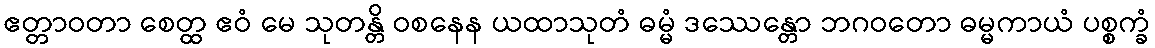
ဧတ္တာဝတာ စေတ္ထ ဧဝံ မေ သုတန္တိ ဝစနေန ယထာသုတံ ဓမ္မံ ဒဿေန္တော ဘဂဝတော ဓမ္မကာယံ ပစ္စက္ခံ